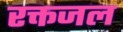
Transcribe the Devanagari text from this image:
रक्तजल